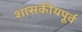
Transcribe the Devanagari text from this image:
शासकीयपूर्व